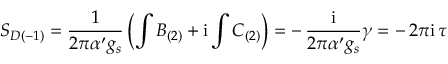
{ \cal S } _ { D ( - 1 ) } = \frac { 1 } { 2 \pi \alpha ^ { \prime } g _ { s } } \left( \int B _ { ( 2 ) } + \mathrm { i } \int C _ { ( 2 ) } \right) = - \, \frac { \mathrm { i } } { 2 \pi \alpha ^ { \prime } g _ { s } } \gamma = - \, 2 \pi \mathrm { i } \, \tau